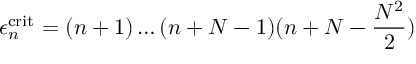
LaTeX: \epsilon _ { n } ^ { \mathrm { c r i t } } = ( n + 1 ) \dots ( n + N - 1 ) ( n + N - \frac { N ^ { 2 } } { 2 } )